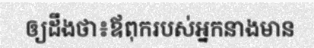
ឲ្យដឹងថា៖ឪពុករបស់អ្នកនាងមាន